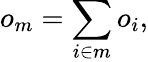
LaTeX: o_{m}=\sum_{i\in m}o_{i},